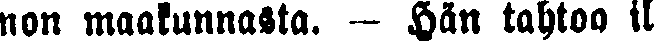
non maakunnasta. — Hän tahtoa il